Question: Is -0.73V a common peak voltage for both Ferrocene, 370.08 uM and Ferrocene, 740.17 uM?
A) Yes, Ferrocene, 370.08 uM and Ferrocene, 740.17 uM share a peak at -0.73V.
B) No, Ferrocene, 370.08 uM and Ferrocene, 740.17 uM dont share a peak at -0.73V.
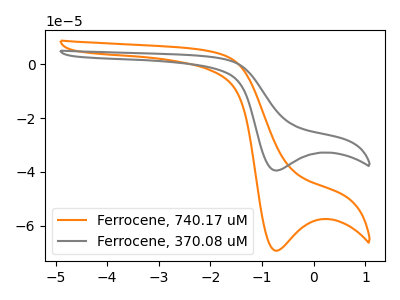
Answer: <think>The orange curve "Ferrocene, 740.17 uM" has a cathodic peak at: (-0.75V, -69.25uA). The gray curve "Ferrocene, 370.08 uM" has a cathodic peak at: (-0.75V, -39.50uA).</think>
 <answer>A) Yes, "Ferrocene, 370.08 uM" and "Ferrocene, 740.17 uM" share a peak at -0.73V.</answer>
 <eval>A</eval>